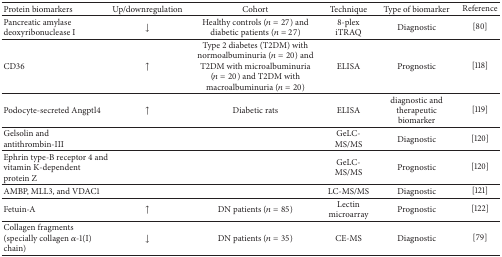
<table><thead><tr><td><b>Protein biomarkers</b></td><td><b>Up/downregulation</b></td><td><b>Cohort</b></td><td><b>Technique</b></td><td><b>Type of biomarker</b></td><td><b>Reference</b></td></tr></thead><tbody><tr><td>Pancreatic amylase deoxyribonuclease I</td><td>↓</td><td>Healthy controls (<i>n</i> = 27) and diabetic patients (<i>n</i> = 27)</td><td>8-plex iTRAQ</td><td>Diagnostic</td><td>[80]</td></tr><tr><td>CD36</td><td>↑</td><td>Type 2 diabetes (T2DM) with normoalbuminuria (<i>n</i> = 20) and T2DM with microalbuminuria (<i>n</i> = 20) and T2DM with macroalbuminuria (<i>n</i> = 20)</td><td>ELISA</td><td>Prognostic</td><td>[118]</td></tr><tr><td>Podocyte-secreted Angptl4</td><td>↑</td><td>Diabetic rats</td><td>ELISA</td><td>diagnostic and therapeutic biomarker</td><td>[119]</td></tr><tr><td>Gelsolin and antithrombin-III</td><td> </td><td> </td><td>GeLC-MS/MS</td><td>Diagnostic</td><td>[120]</td></tr><tr><td>Ephrin type-B receptor 4 and vitamin K-dependent protein Z</td><td> </td><td> </td><td>GeLC-MS/MS</td><td>Prognostic</td><td>[120]</td></tr><tr><td>AMBP, MLL3, and VDAC1</td><td> </td><td> </td><td>LC-MS/MS</td><td>Diagnostic</td><td>[121]</td></tr><tr><td>Fetuin-A</td><td>↑</td><td>DN patients (<i>n</i> = 85)</td><td>Lectin microarray</td><td>Prognostic</td><td>[122]</td></tr><tr><td>Collagen fragments (specially collagen <i>α</i>-1(I) chain)</td><td>↓</td><td>DN patients (<i>n</i> = 35)</td><td>CE-MS</td><td>Diagnostic</td><td>[79]</td></tr></tbody></table>